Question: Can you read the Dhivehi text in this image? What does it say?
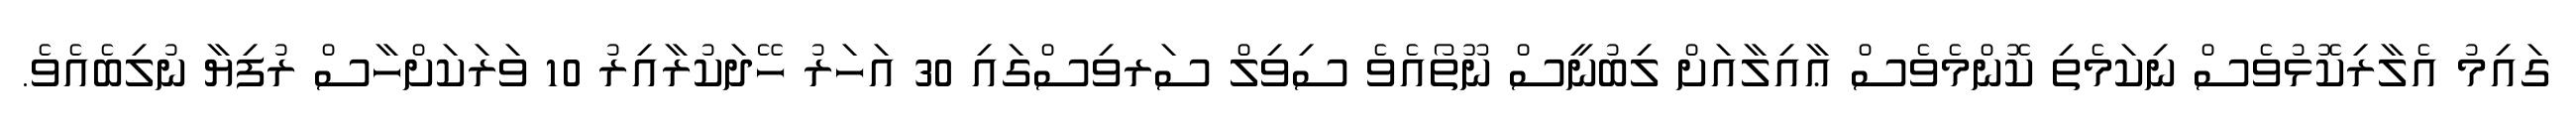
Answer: ގައިމު އެލާރިކޮޅުވެސް ނިކަމެތި ކޮންމެވެސް ޢާއިލާއަށް ލިބުނީސް ނޫތޯއެވެ ސިވިލް ސަރވިސްގައި 30 އަހަރު ހޭދަކުރާއިރު 10 ވަރަކަށްހާސް ރުފިޔާ ނުލިބެއެވެ.